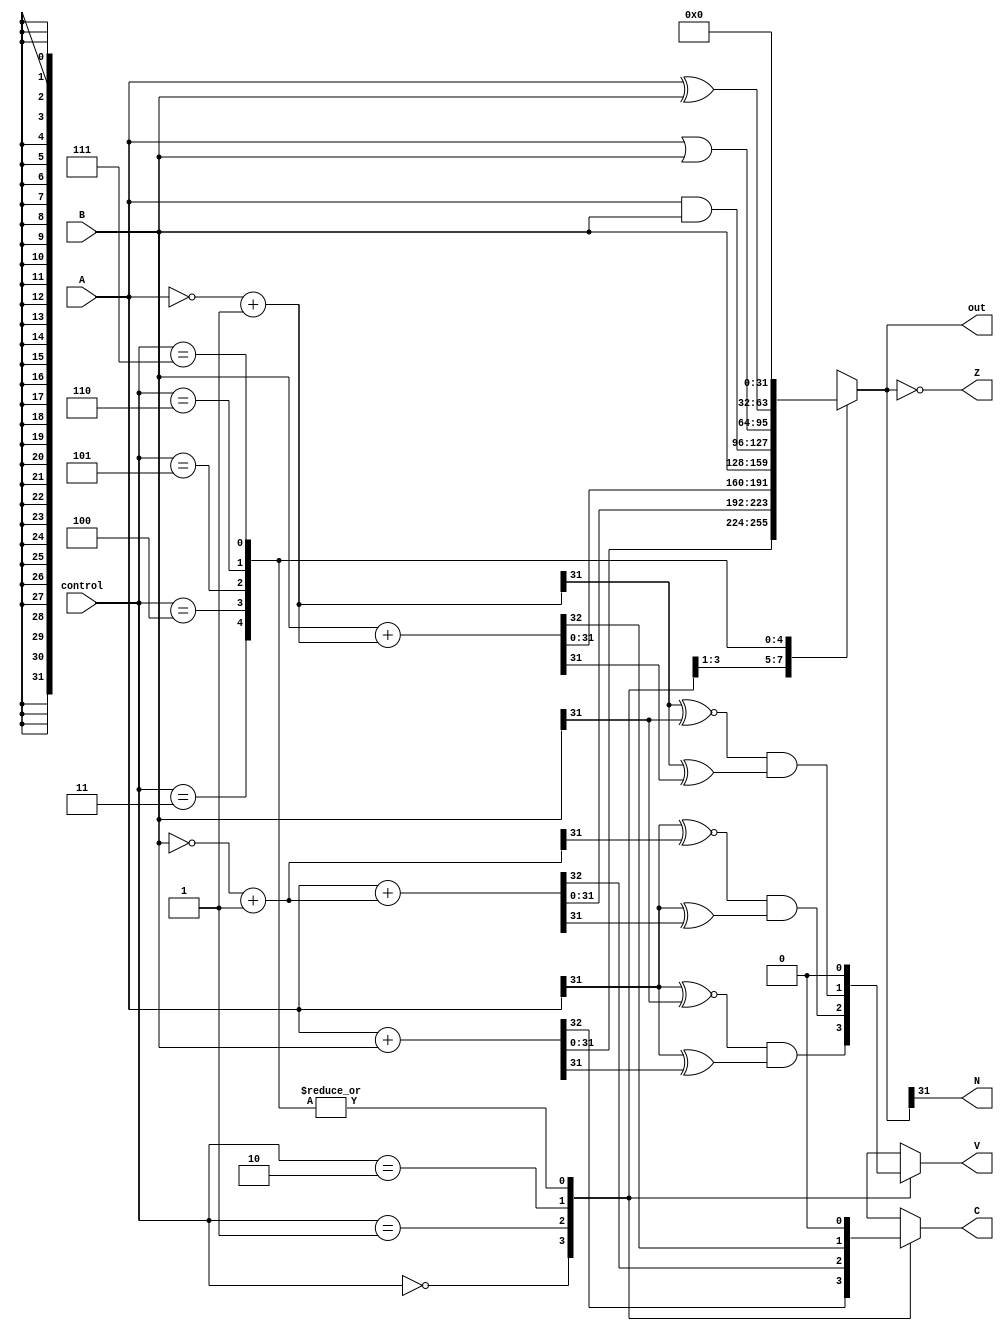
module ALU #(parameter W=32)(A,B,control,N,Z,C,V,out);
	input [(W-1):0] A,B;
	input [2:0] control;
	output reg N,Z,C,V;
	output reg [(W-1):0] out;
	
	wire [(W-1):0] A_comp,B_comp;
	assign A_comp = ~A + 1;
	assign B_comp = ~B + 1;
	
	always @(*)
		begin
		case(control)
		
			3'b000: begin	//add
				{C,out} = A + B;
				V = (A[W-1] ~^ B[W-1]) & (A[W-1] ^ out[W-1]);
				end
				
			3'b001: begin	//sub (a-b)
				{C,out} = A + B_comp;
				V = (A[W-1] ~^ B_comp[W-1]) & (A[W-1] ^ out[W-1]);
				end
			
			3'b010: begin 	//sub(b-a)
				{C,out} = B + A_comp;
				V = (A_comp[W-1] ~^ B[W-1]) & (A_comp[W-1] ^ out[W-1]);
				end
				
			3'b011: begin	//pass b
				out = B;
				C = 0;
				V = 0;
				end
				
			3'b100: begin 	//and
				out = A & B;
				C = 0;
				V = 0;
				end
				
			3'b101: begin 	//or
				out = A | B;
				C = 0;
				V = 0;
				end
				
			3'b110: begin 	//xor
				out = A ^ B;
				C = 0;
				V = 0;
				end
				
			3'b111: begin 	//clr
				out = 0;
				C = 0;
				V = 0;
				end
				
		endcase
		
		Z = (out==0);
		N = out[W-1];
	
		end
endmodule